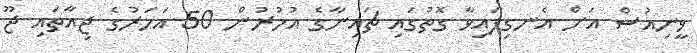
ވީނިއުސް އަށް އެނގިފައިވާ ގޮތުގައި ޗައިނާގެ އުމުރުން 50 އަހަރުގެ ޖިއާތައި ޖޫ